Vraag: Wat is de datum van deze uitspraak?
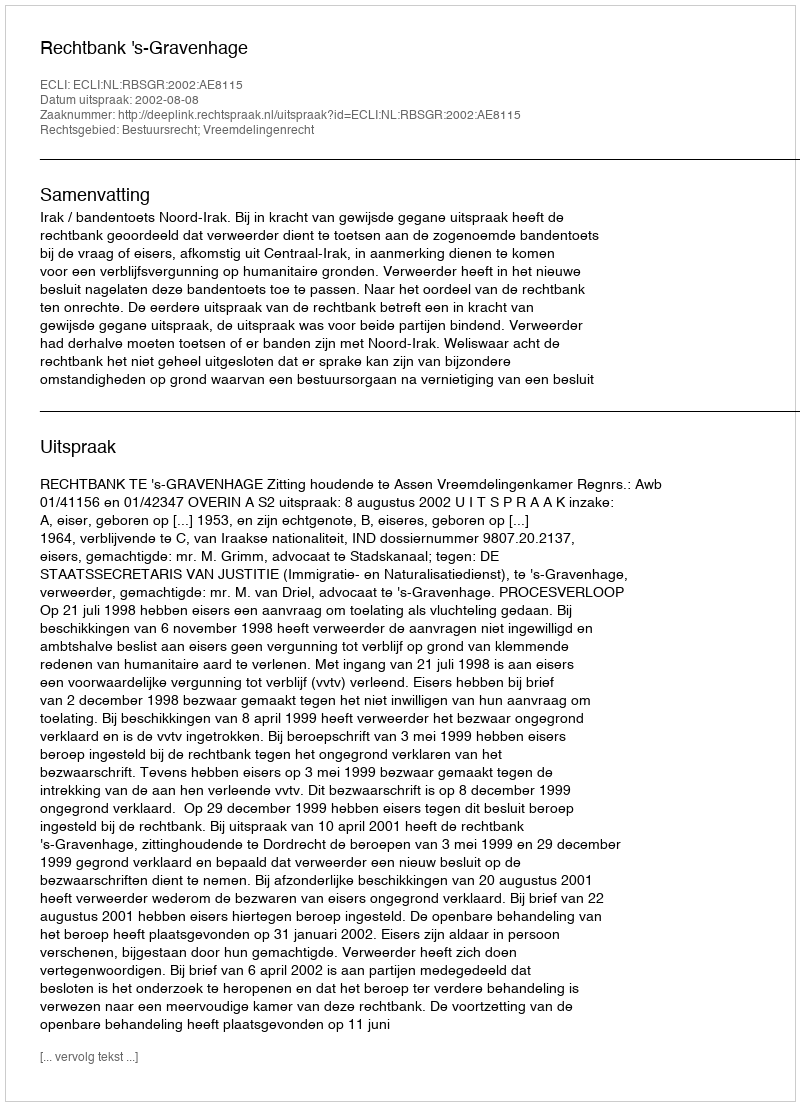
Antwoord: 2002-08-08